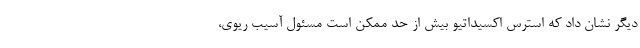
دیگر نشان داد که استرس اکسیداتیو بیش از حد ممکن است مسئول آسیب ریوی،